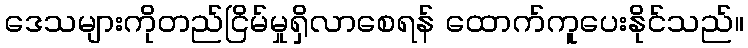
ဒေသများကိုတည်ငြိမ်မှုရှိလာစေရန် ထောက်ကူပေးနိုင်သည်။